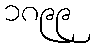
၁၈၉၉